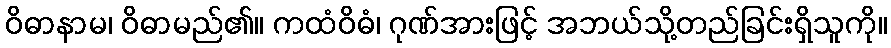
ဝိဓာနာမ၊ ဝိဓာမည်၏။ ကထံဝိဓံ၊ ဂုဏ်အားဖြင့် အဘယ်သို့တည်ခြင်းရှိသူကို။